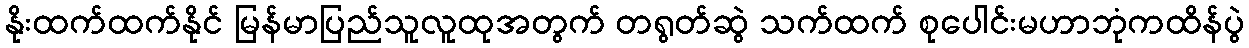
နိုးထက်ထက်နိုင် မြန်မာပြည်သူလူထုအတွက် တရွတ်ဆွဲ သက်ထက် စုပေါင်းမဟာဘုံကထိန်ပွဲ